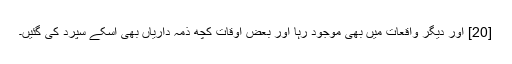
[20] اور دیگر واقعات میں بھی موجود رہا اور بعض اوقات کچھ ذمہ داریاں بھی اسکے سپرد کی گئیں۔